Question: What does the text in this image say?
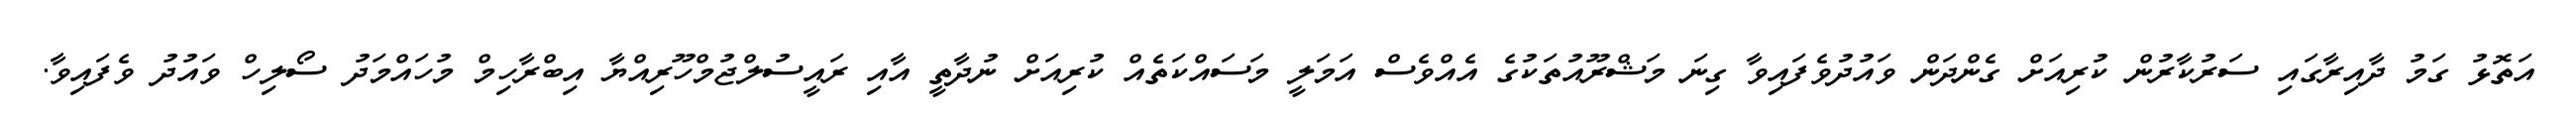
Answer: އަތޮޅު ގަމު ދާއިރާގައި ސަރުކާރުން ކުރިއަށް ގެންދަން ވައުދުވެފައިވާ ގިނަ މަޝްރޫއުތަކުގެ އެއްވެސް އަމަލީ މަސައްކަތެއް ކުރިއަށް ނުދާތީ އާއި ރައީސުލްޖުމްހޫރިއްޔާ އިބްރާހިމް މުހައްމަދު ސޯލިހް ވައުދު ވެފައިވާ.